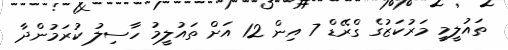
ތައުލީމީ މަރުކަޒުގެ ގްރޭޑް 7 އިން 12 އަށް ތައުލީމު ހާސިލު ކުރަމުންދާ